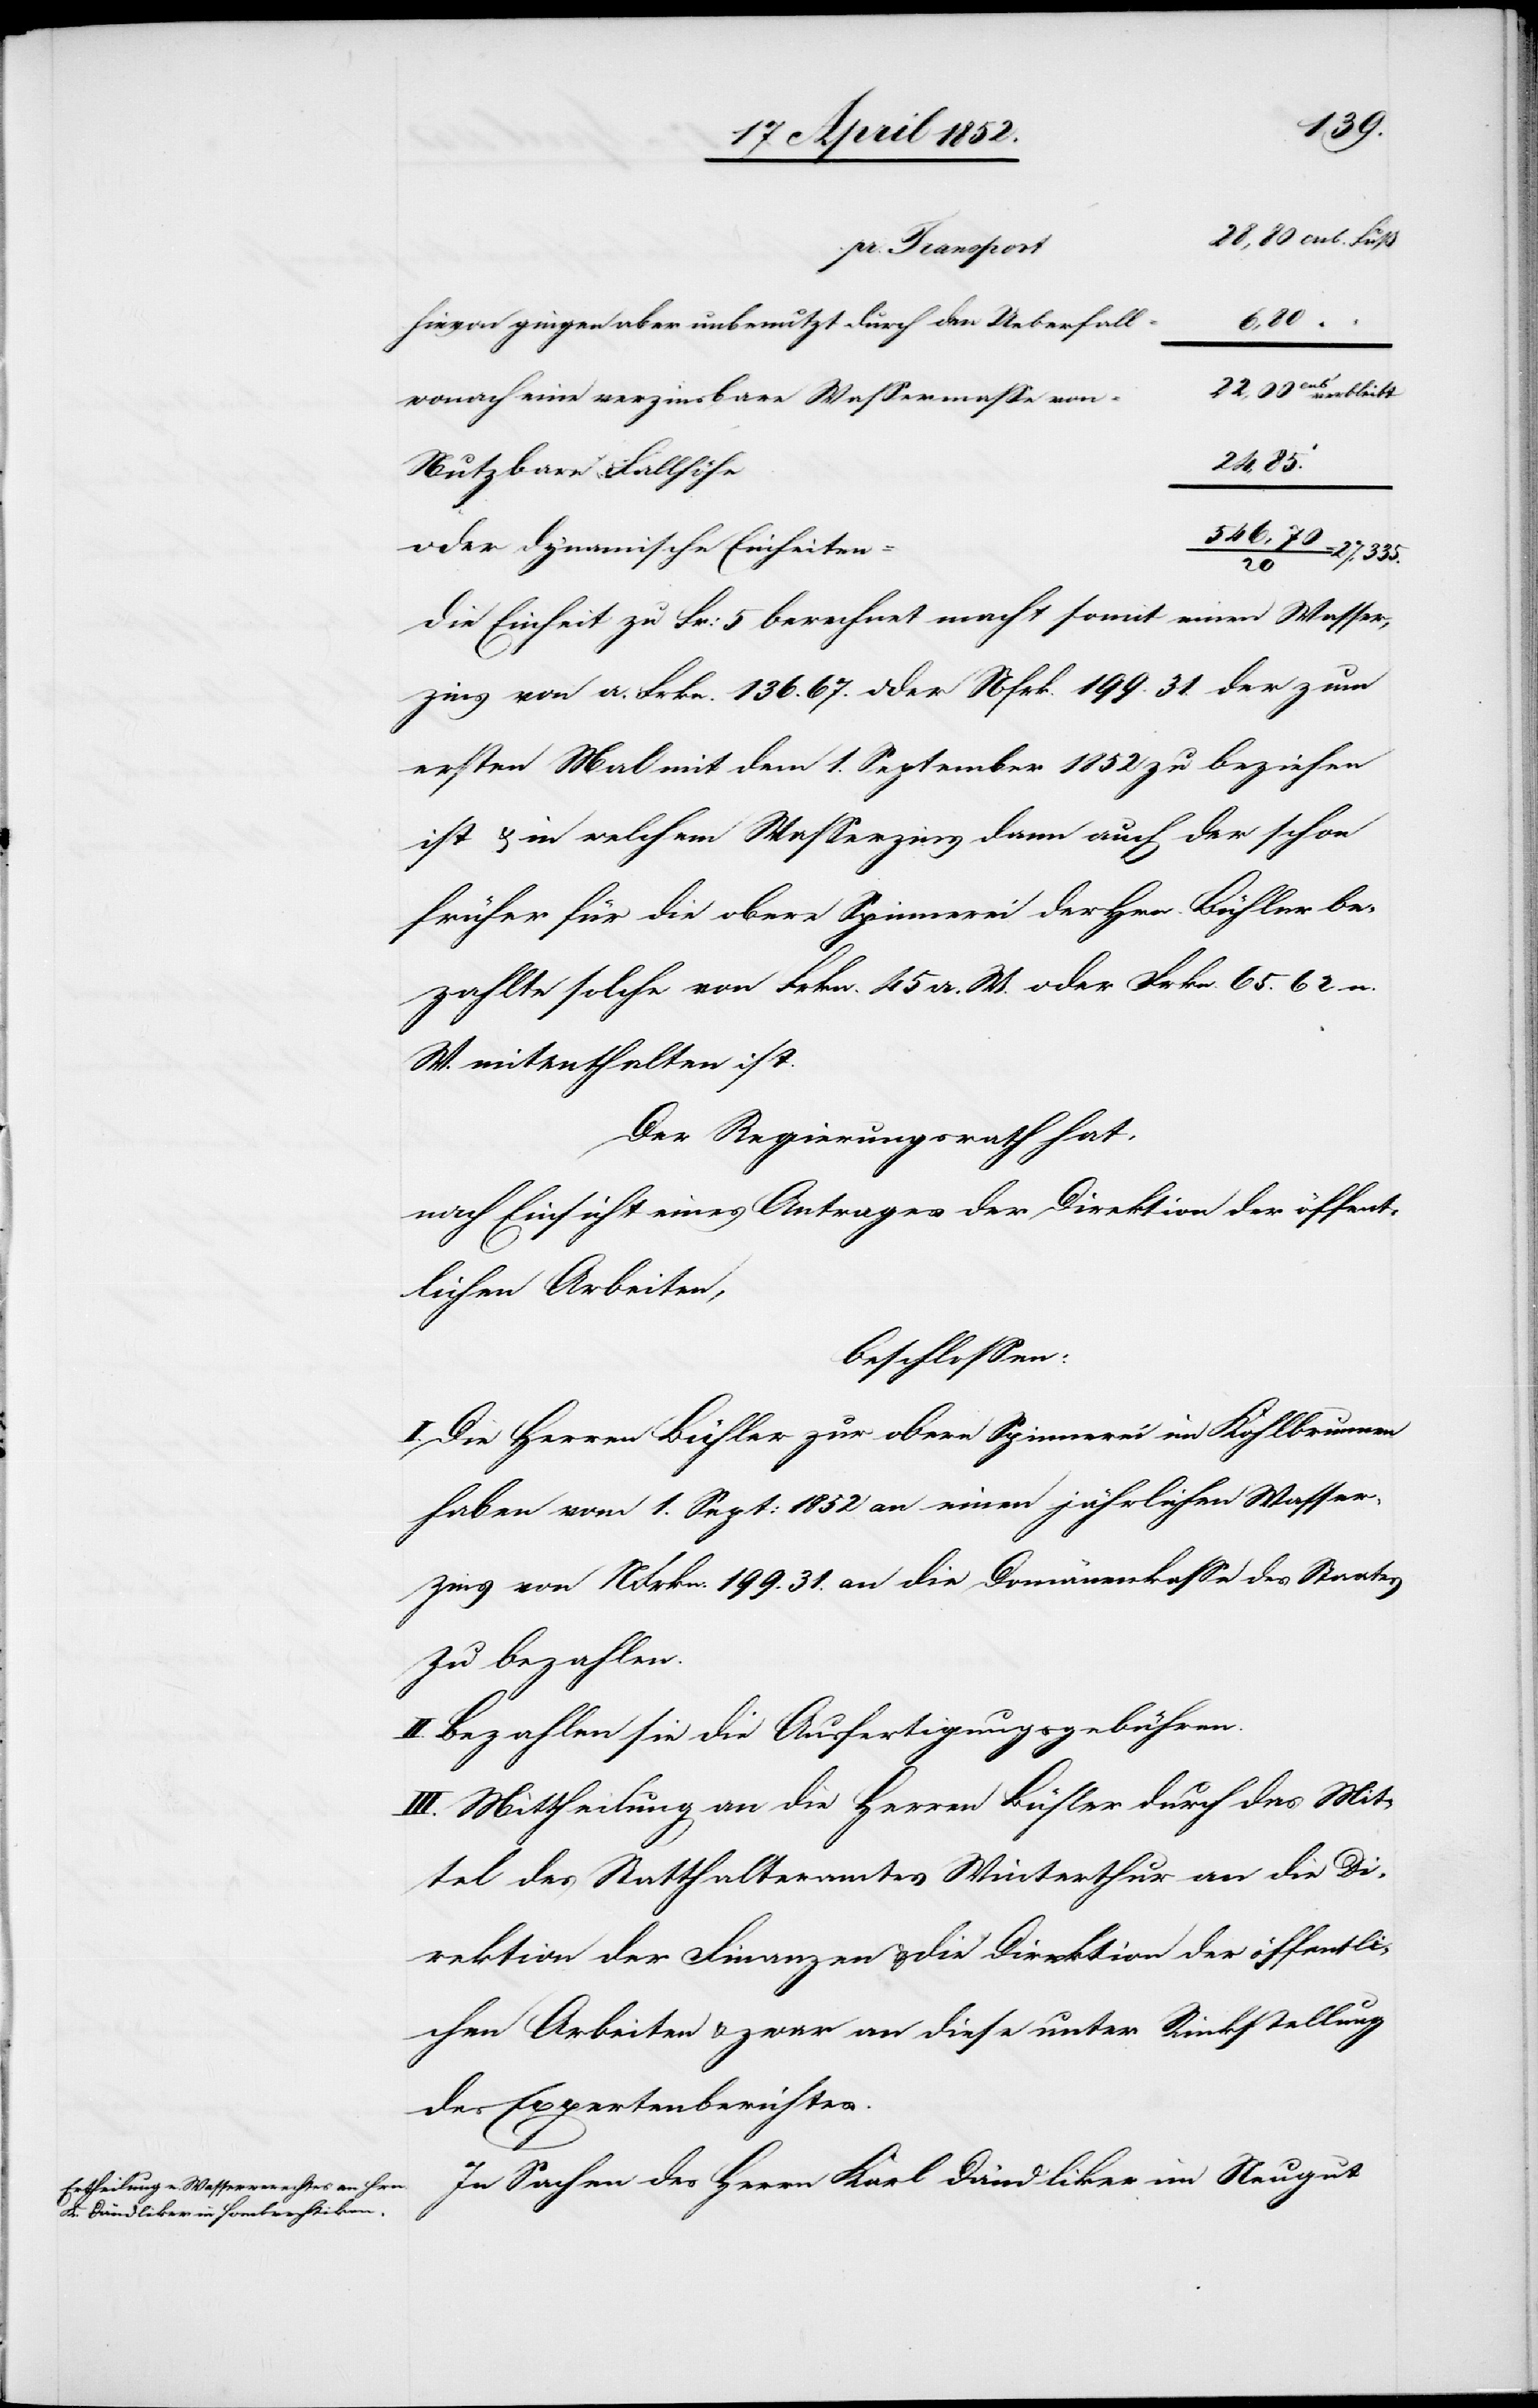
hievon gingen aber unbenutzt durch den Ueberfall
6,80
22,00cub verbleibt
wonach eine verzinsbare Wassermasse von
27,335.
Nutzbare Fallhöhe
oder dynamische Einheiten
20
Die Einheit zu Fr: 5 berechnet macht somit einen Wasser¬
zins von a. Frkn. 136. 67. oder Nfrk. 199. 31. der zum
ersten Mal mit dem 1. September 1852 zu beziehen
ist & in welchem Wasserzins dann auch der schon
früher für die obere Spinnerei der Hrn. Bühler be¬
zahlte solche von Frkn. 45 a. W. oder Frkn. 65. 62 n.
W. mitenthalten ist.
Der Regierungsrath hat,
nach Einsicht eines Antrages der Direktion der öffent¬
lichen Arbeiten,
beschlossen:
I. Die Herren Bühler zur obern Spinnerei im Kohlbrunnen
haben vom 1. Sept: 1852 an einen jährlichen Wasser¬
zins von NFrkn. 199. 31. an die Domänenkasse des Staates
zu bezahlen.
Bezahlen sie die Ausfertigungsgebühren.
III. Mittheilung an die Herren Bühler durch das Mit¬
tel des Statthalteramtes Winterthur an die Di¬
rektion der Finanzen & die Direktion der öffentli¬
chen Arbeiten & zwar an diese unter Rückstellung
des Expertenberichtes.
In Sachen des Herrn Karl Dändliker im Neugut